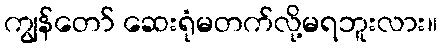
ကျွန်တော် ဆေးရုံမတက်လို့မရဘူးလား။